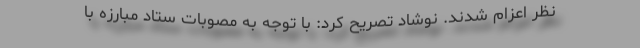
نظر اعزام شدند. نوشاد تصریح کرد: با توجه به مصوبات ستاد مبارزه با